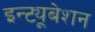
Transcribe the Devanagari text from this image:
इन्ट्यूबेशन